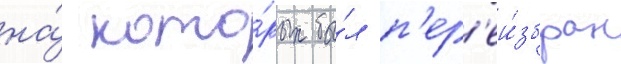
на́ кото́рых бы́л п'ер'еи́збран